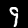
Label: 9